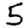
Digit: 5